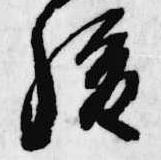
後